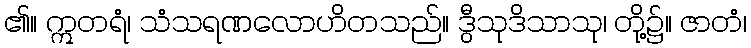
၏။ ဣတရံ၊ သံသရဏလောဟိတသည်။ ဒွီသုဒိသာသု၊ တို့၌။ ဇာတံ၊